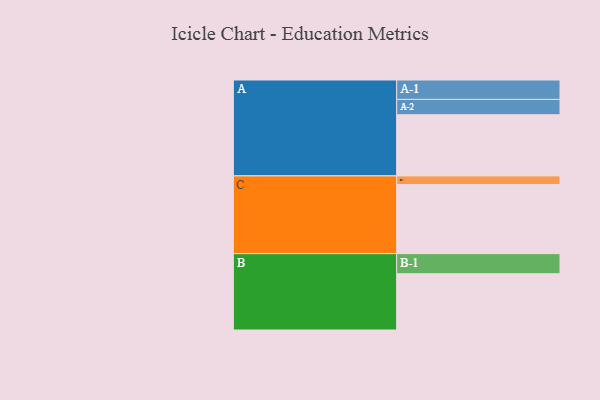
{"axis": {"x": "Segment", "y": "Value"}, "legend": ["", "A", "B", "C"], "data": [{"x": "A", "y": 435, "type": ""}, {"x": "B", "y": 400, "type": ""}, {"x": "C", "y": 491, "type": ""}, {"x": "A-1", "y": 138, "type": "A"}, {"x": "A-2", "y": 109, "type": "A"}, {"x": "B-1", "y": 143, "type": "B"}, {"x": "C-1", "y": 62, "type": "C"}]}